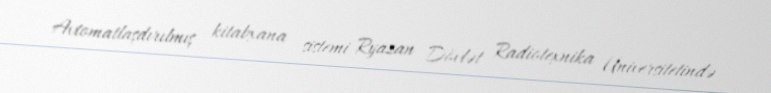
Avtomatlaşdırılmış kitabxana sistemi Ryazan Dövlət Radiotexnika Universitetində